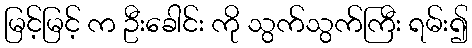
မြင့်မြင့် က ဦးခေါင်း ကို သွက်သွက်ကြီး ရမ်း၍